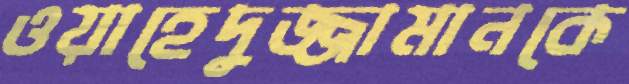
ওয়াহেদুজ্জামানকে